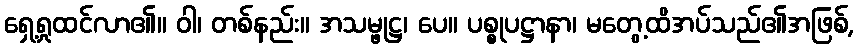
ရှေ့ရှုထင်လာ၏။ ဝါ၊ တစ်နည်း။ အသမ္ဖုဋ္ဌ၊ ပေ။ ပစ္စုပဋ္ဌာနာ၊ မတွေ့ထိအပ်သည်၏အဖြစ်,